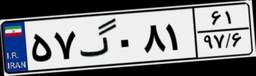
۵۷گ۰۸۱۶۱